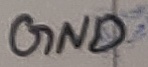
Text: GND